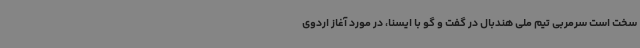
سخت است سرمربی تیم ملی هندبال در گفت و گو با ایسنا، در مورد آغاز اردوی